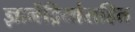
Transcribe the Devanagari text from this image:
ज्ञानेंद्रियांसहित